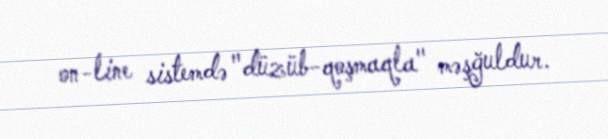
on-line sistemdə "düzüb-qoşmaqla" məşğuldur.